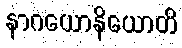
နာဂယောနိယောတိ